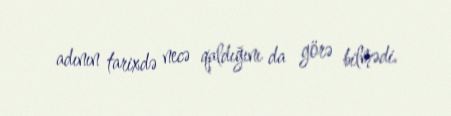
adının tarixdə necə qaldığını da görə bilmədi.